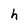
Character: h